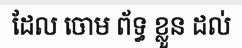
ដែល ចោម ព័ទ្ធ ខ្លួន ដល់